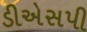
ડીએસપી